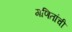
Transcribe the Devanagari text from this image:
गणितांची